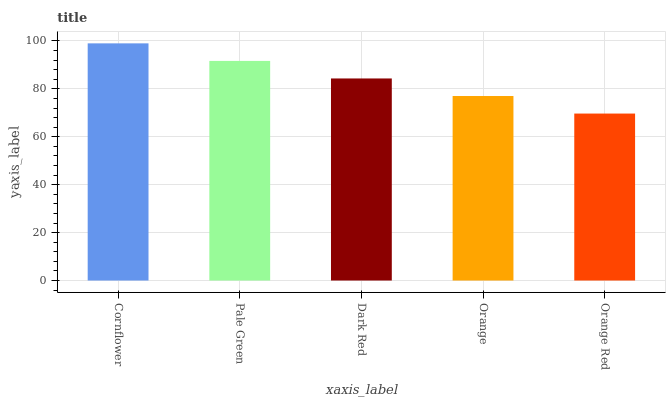
| xaxis_label | bars |
 | --- | --- |
 | Cornflower | 99 |
 | Pale Green | 91.7 |
 | Dark Red | 84.3 |
 | Orange | 77 |
 | Orange Red | 69.7 |